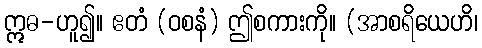
ဣဓ-ဟူ၍။ ဧတံ (ဝစနံ) ဤစကားကို။ (အာစရိယေဟိ၊